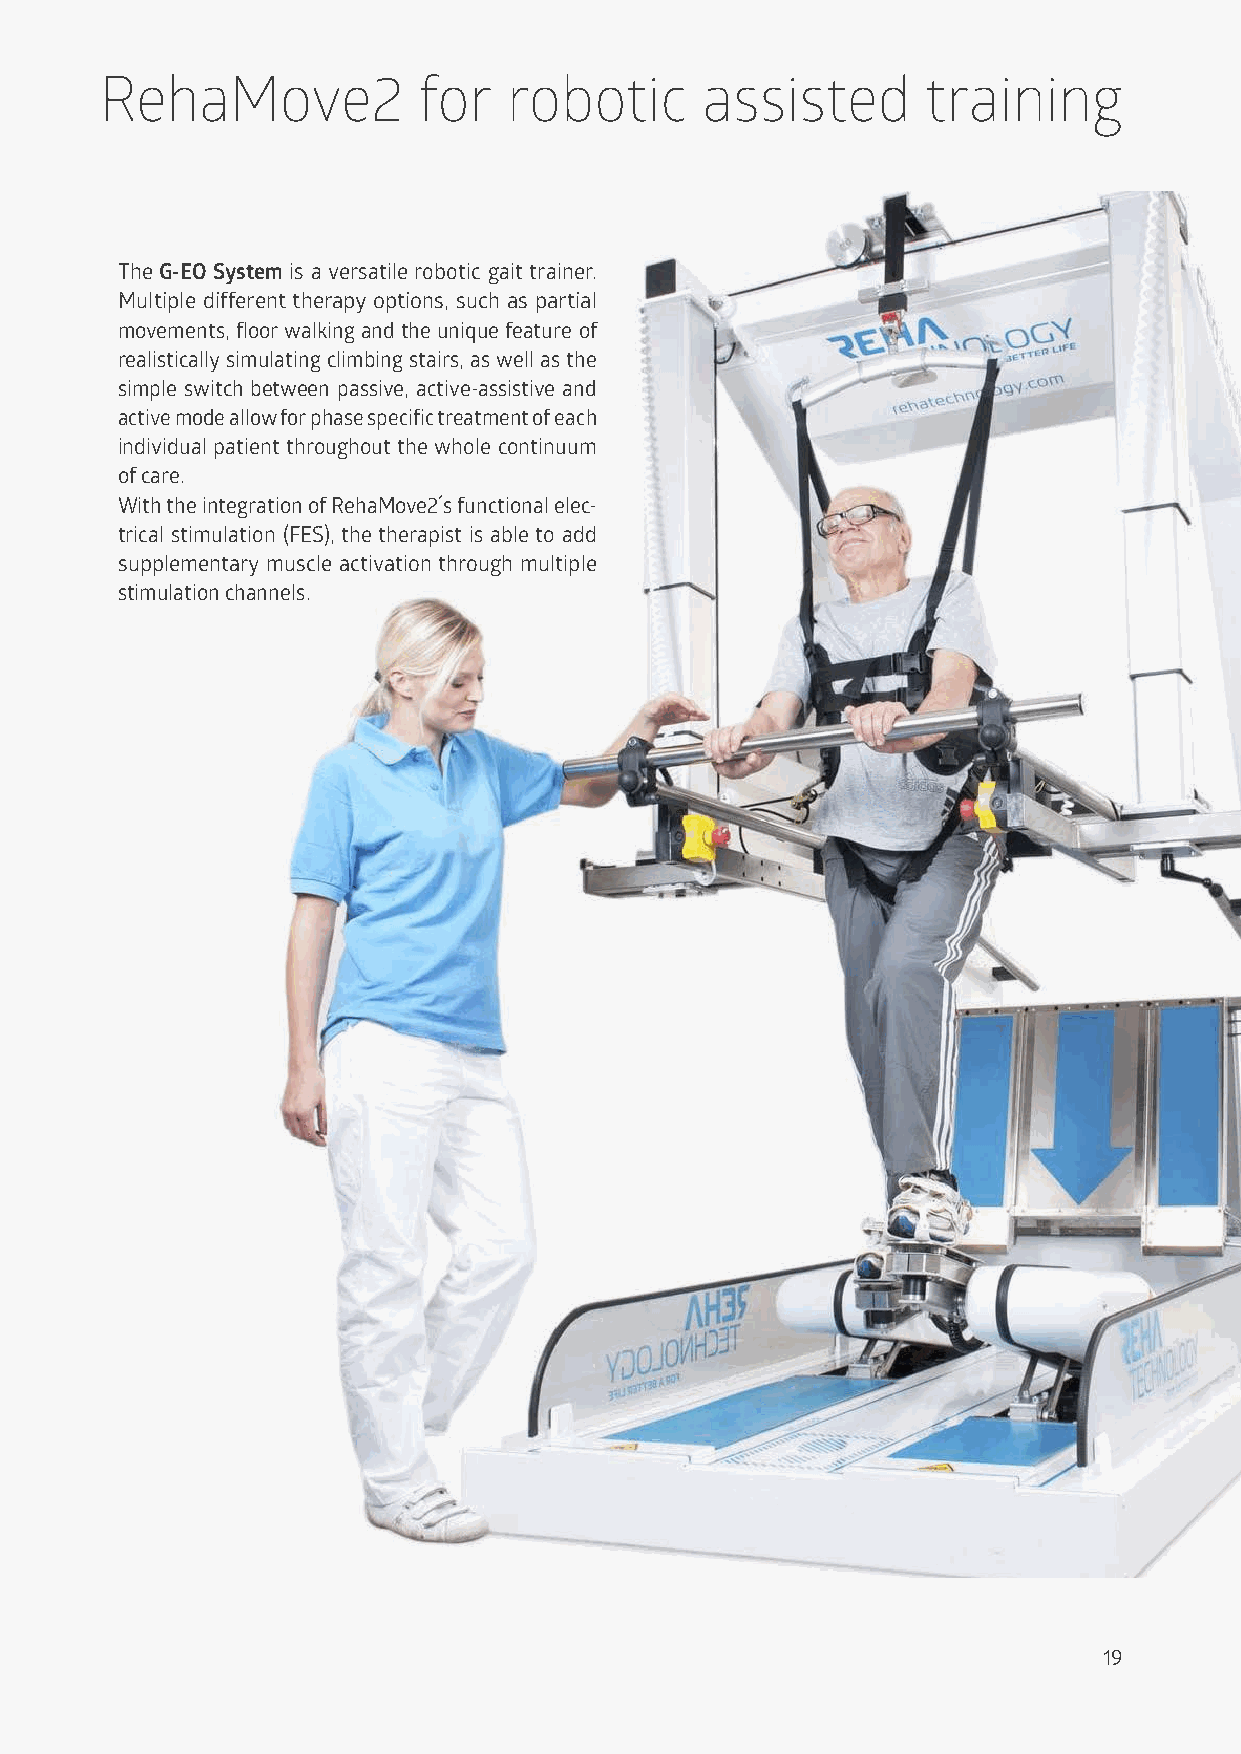
RehaMove2            for   robotic     assisted       training
 The G-EO System is a versatile robotic gait trainer.
 Multiple different therapy options, such as partial
 movements, floor walking and the unique feature of
 realistically simulating climbing stairs, as well as the
 simple switch between passive, active-assistive and
 active mode allow for phase specific treatment of each
 individual patient throughout the whole continuum
 of care.
 With the integration of RehaMove2´s functional elec-
 trical stimulation (FES), the therapist is able to add
 supplementary muscle activation through multiple
 stimulation channels.
 19